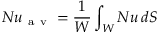
N u _ { \mathrm { ~ a ~ v ~ } } = \frac { 1 } { W } \int _ { W } N u \, d S